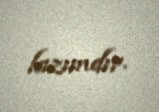
lazımdır.